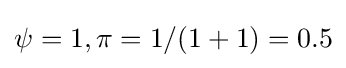
\psi =1,\pi =1/(1+1)=0.5